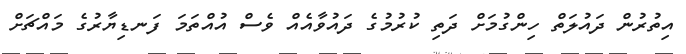
އިތުރުން ދައުލަތް ހިންގުމަށް ދަތި ކުރުމުގެ ދައުވާއެއް ވެސް އުއްތަމަ ފަނޑިޔާރުގެ މައްޗަށް